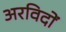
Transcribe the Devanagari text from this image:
अरविदों